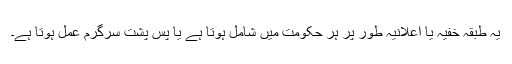
یہ طبقہ خفیہ یا اعلانیہ طور پر ہر حکومت میں شامل ہوتا ہے یا پسِ پشت سرگرمِ عمل ہوتا ہے۔